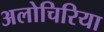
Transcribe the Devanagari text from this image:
अलोचिरिया